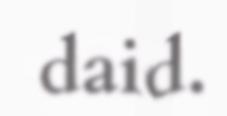
daid.